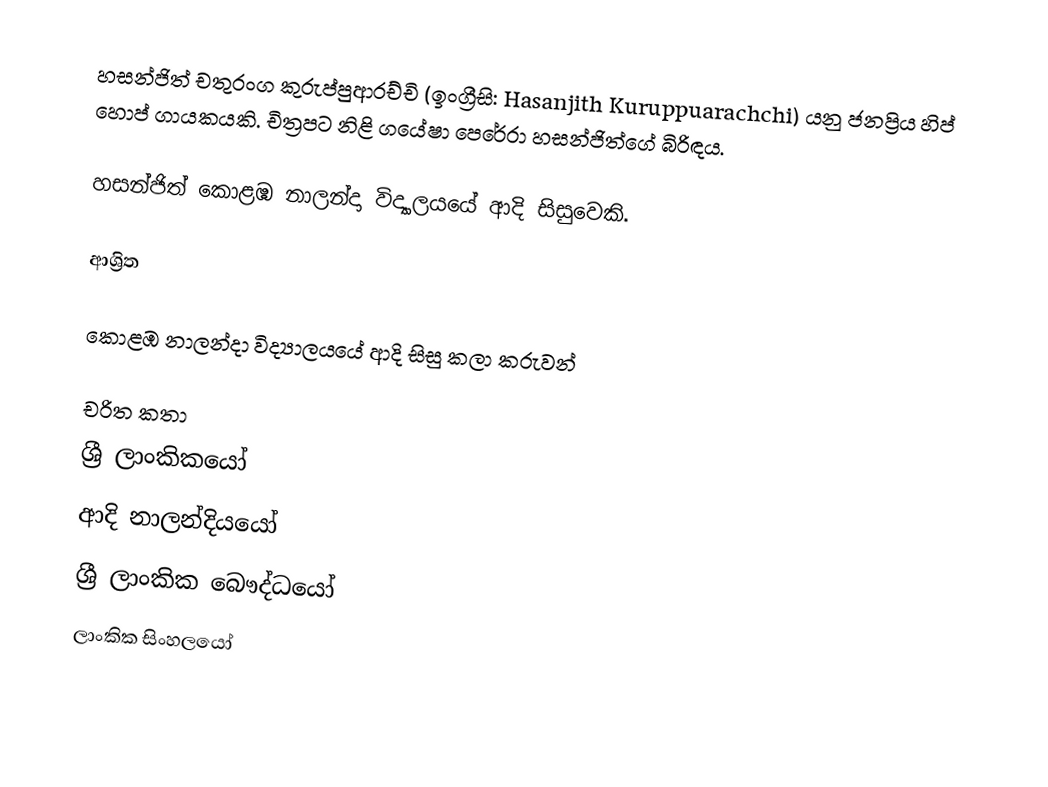
හසන්ජිත් චතුරංග කුරුප්පුආරච්චි (ඉංග්‍රීසි: Hasanjith Kuruppuarachchi) යනු ජනප්‍රිය හිප් හොප් ගායකයකි. චිත්‍රපට නිළි ගයේෂා පෙරේරා හසන්ජිත්ගේ බිරිඳය.

හසන්ජිත් කොළඹ නාලන්දා විද්‍යාලයයේ ආදි සිසුවෙකි.

ආශ්‍රිත

 කොළඹ නාලන්දා විද්‍යාලයයේ ආදි සිසු කලා කරුවන්

චරිත කතා
ශ්‍රී ලාංකිකයෝ
ආදි නාලන්දියයෝ
ශ්‍රී ලාංකික බෞද්ධයෝ
ලාංකික සිංහලයෝ